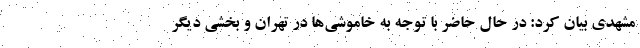
مشهدی بیان کرد: در حال حاضر با توجه به خاموشی‌ها در تهران و بخشی دیگر